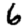
Digit: 6